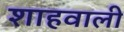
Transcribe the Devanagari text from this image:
शाहवाली